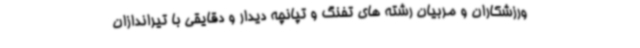
ورزشکاران و مربیان رشته های تفنگ و تپانچه دیدار و دقایقی با تیراندازان